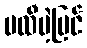
မထီမဲ့မြင်